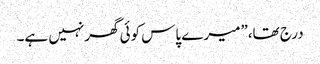
درج تھا،”میرے پاس کوئی گھرنہیں ہے۔